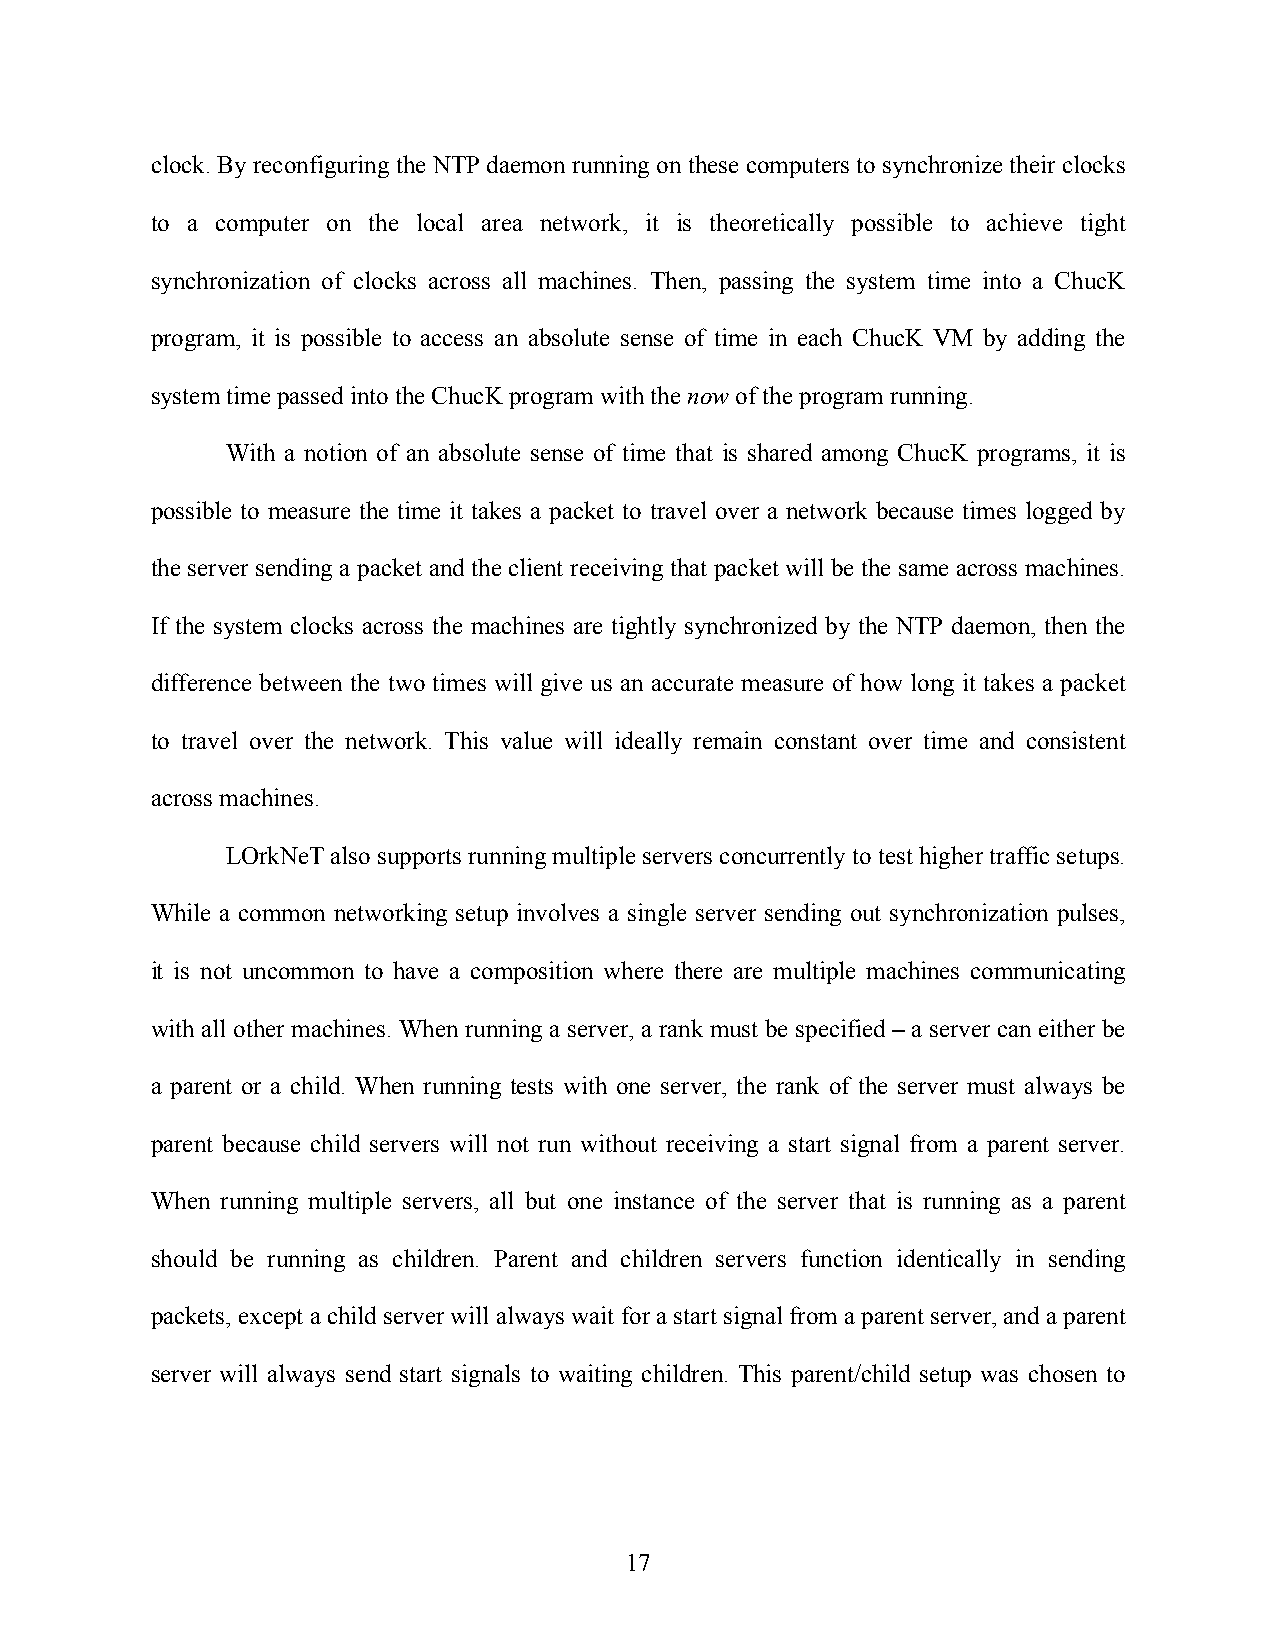
clock. By reconfiguring the NTP daemon running on these computers to synchronize their clocks
 to a computer on the local area network, it is theoretically possible to achieve tight
 synchronization of clocks across all machines. Then, passing the system time into a ChucK
 program, it is possible to access an absolute sense of time in each ChucK VM by adding the
 system time passed into the ChucK program with the now of the program running.
 With a notion of an absolute sense of time that is shared among ChucK programs, it is
 possible to measure the time it takes a packet to travel over a network because times logged by
 the server sending a packet and the client receiving that packet will be the same across machines.
 If the system clocks across the machines are tightly synchronized by the NTP daemon, then the
 difference between the two times will give us an accurate measure of how long it takes a packet
 to travel over the network. This value will ideally remain constant over time and consistent
 across machines.
 LOrkNeT also supports running multiple servers concurrently to test higher traffic setups.
 While a common networking setup involves a single server sending out synchronization pulses,
 it is not uncommon to have a composition where there are multiple machines communicating
 with all other machines. When running a server, a rank must be specified – a server can either be
 a parent or a child. When running tests with one server, the rank of the server must always be
 parent because child servers will not run without receiving a start signal from a parent server.
 When running multiple servers, all but one instance of the server that is running as a parent
 should be running as children. Parent and children servers function identically in sending
 packets, except a child server will always wait for a start signal from a parent server, and a parent
 server will always send start signals to waiting children. This parent/child setup was chosen to
 17